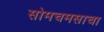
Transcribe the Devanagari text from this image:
सोमचमसाचा